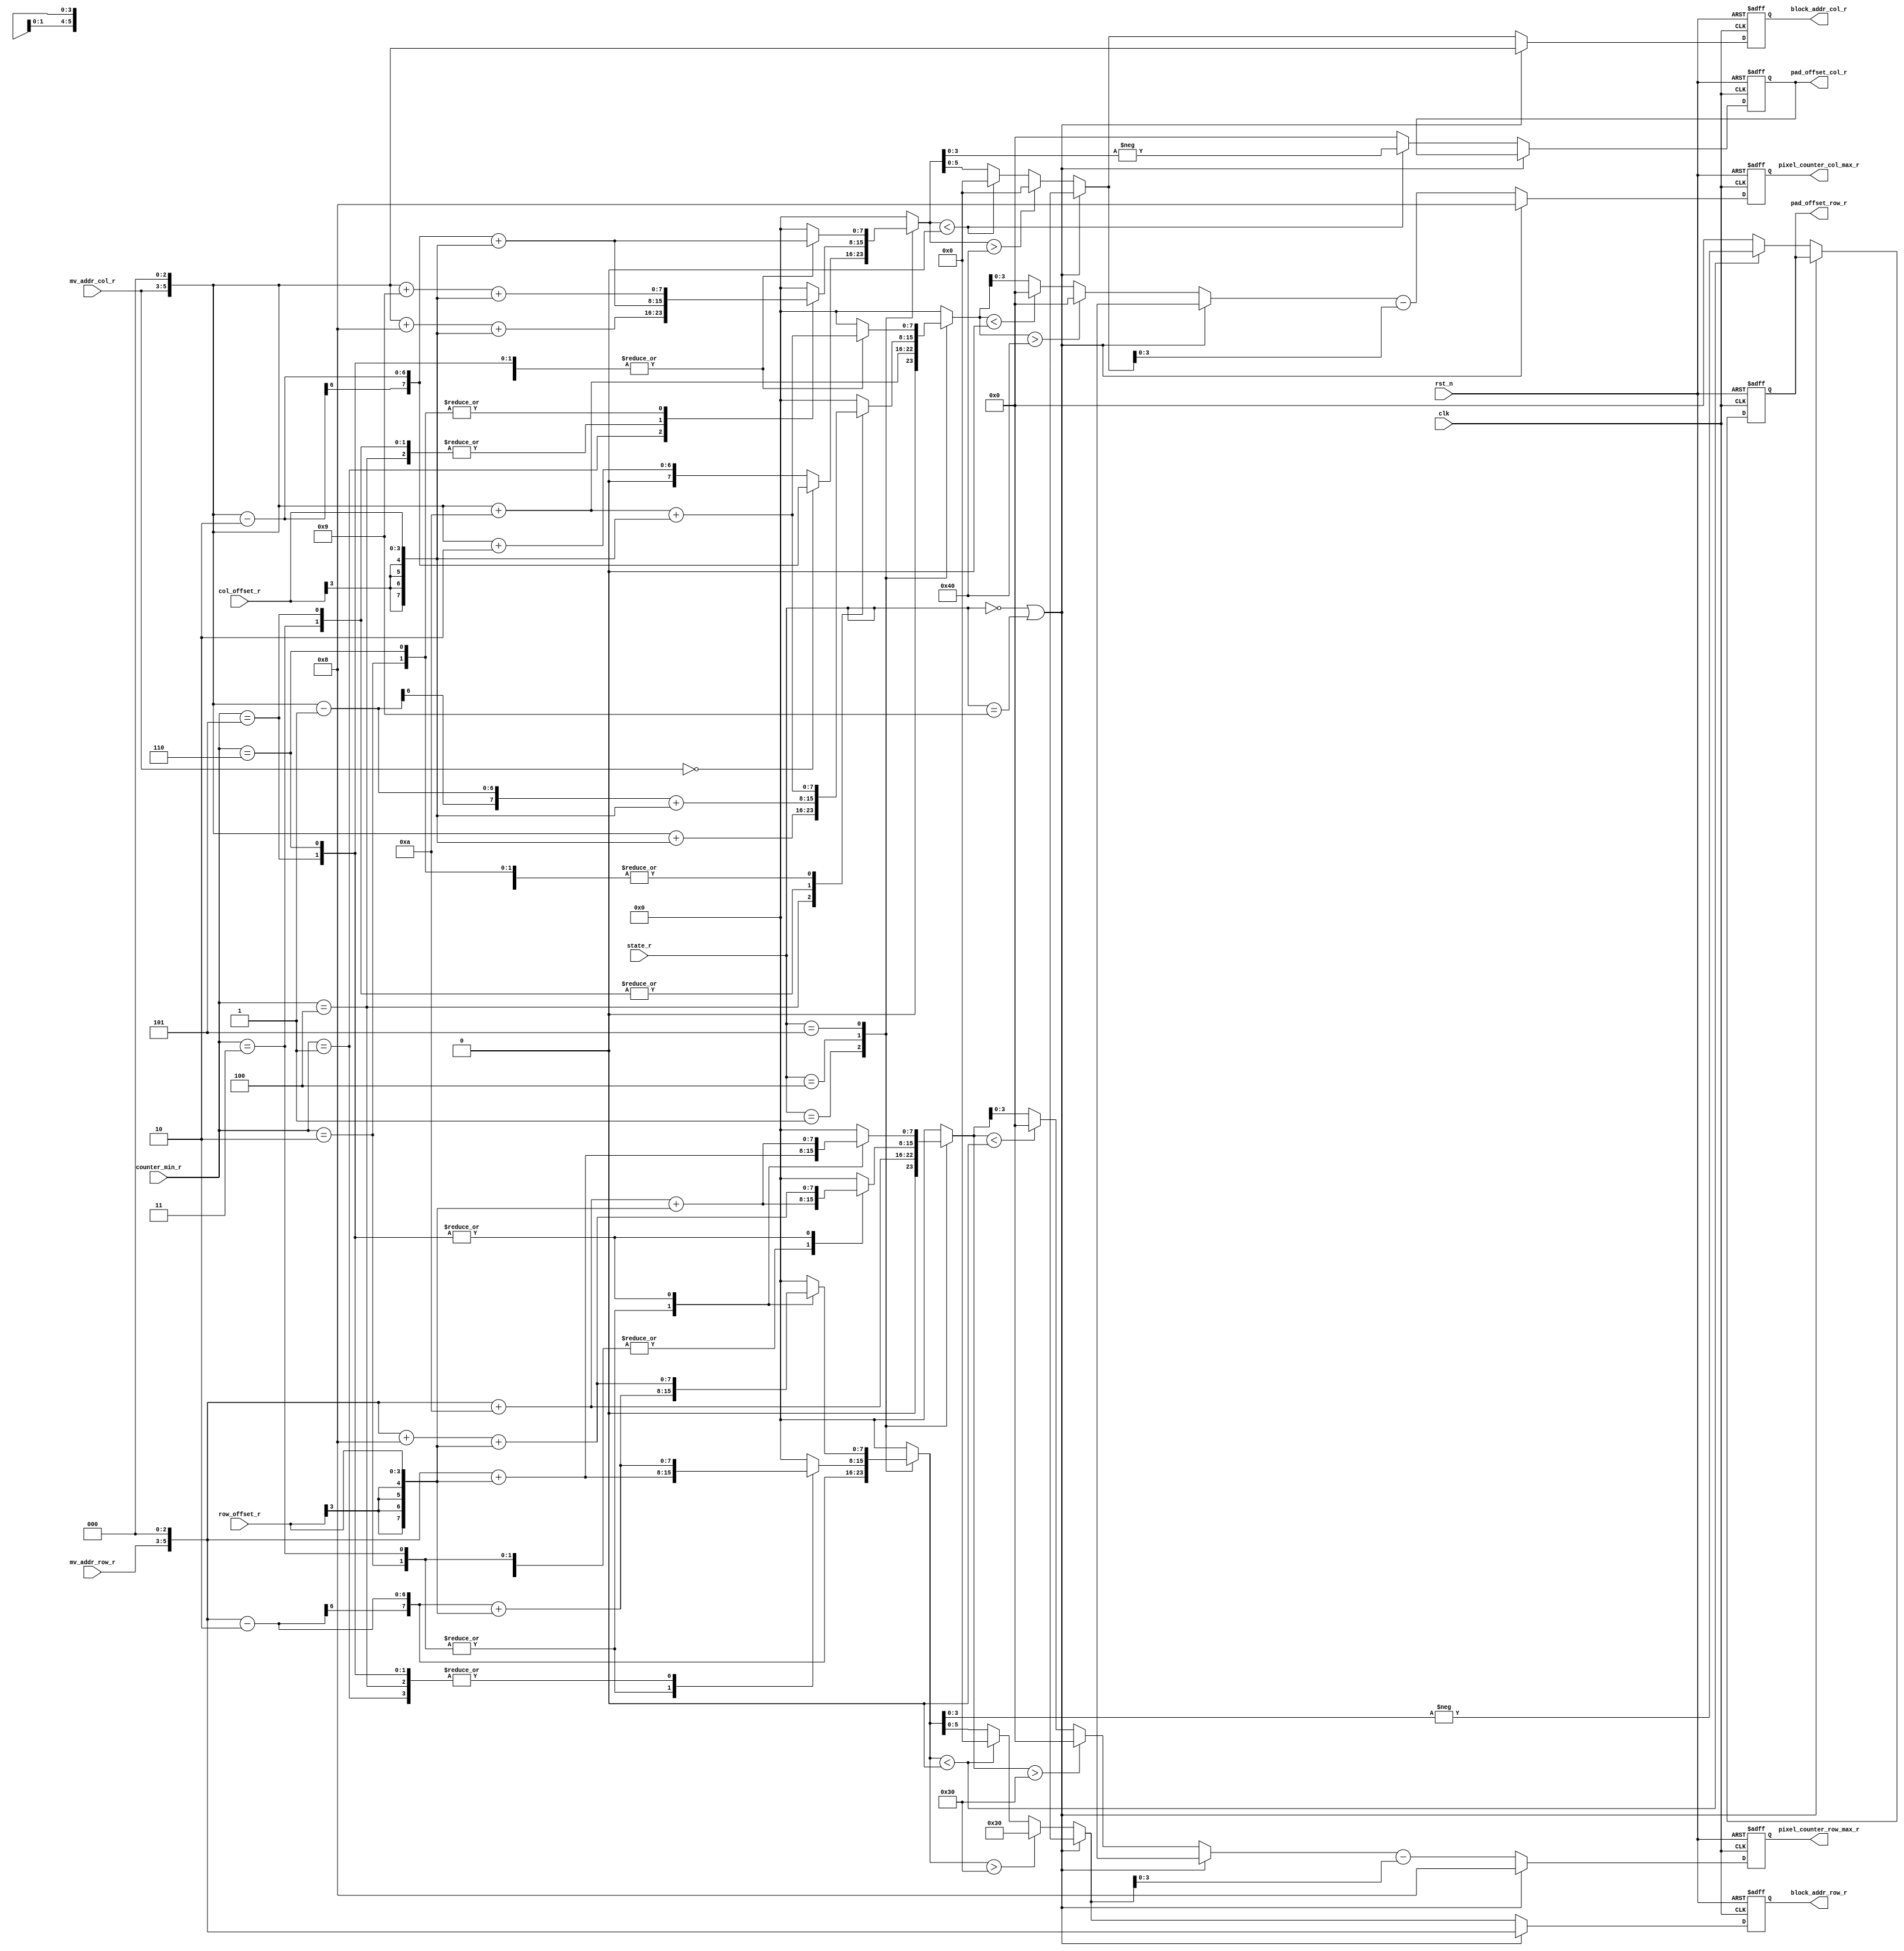
// pure combinational logic
// for caculating block address & block size & pad_offset
module coordinate(
    clk,
    rst_n,
    state_r,
    mv_addr_row_r,
    mv_addr_col_r,
    col_offset_r,
    row_offset_r,
    counter_min_r,
    block_addr_row_r,
    block_addr_col_r,
    pixel_counter_row_max_r,
    pixel_counter_col_max_r,
    pad_offset_row_r,
    pad_offset_col_r
);

input clk, rst_n;
input [3:0] state_r;
input [2:0] mv_addr_row_r, mv_addr_col_r;
input signed [3:0] col_offset_r, row_offset_r;                      // mv
input [2:0] counter_min_r;                                          // movind direction
reg [5:0] block_addr_row_w, block_addr_col_w;                // block address
output reg [5:0] block_addr_row_r, block_addr_col_r;                // block address
reg [3:0] pixel_counter_row_max_w, pixel_counter_col_max_w;  // block size
output reg [3:0] pixel_counter_row_max_r, pixel_counter_col_max_r;  // block size
reg [3:0] pad_offset_row_w, pad_offset_col_w;                // pad_offset
output reg [3:0] pad_offset_row_r, pad_offset_col_r;                // pad_offset
// output reg no_up, no_down, no_left, no_right;                       

reg signed [7:0] row_init_0, col_init_0, row_init_1, col_init_1;
reg signed [7:0] row_0, col_0, row_1, col_1;

wire [7:0] mv_addr_row_sign_extend_r, mv_addr_col_sign_extend_r;
wire [7:0] row_offset_sign_extend_r, col_offset_sign_extend_r;

assign mv_addr_row_sign_extend_r = {5'b0,mv_addr_row_r};
assign mv_addr_col_sign_extend_r = {5'b0,mv_addr_col_r};
assign row_offset_sign_extend_r = {{4{row_offset_r[3]}},row_offset_r};
assign col_offset_sign_extend_r = {{4{col_offset_r[3]}},col_offset_r};

localparam INIT_READ_CUR = 4'd0;
localparam INIT_READ_PREV = 4'd1;
localparam CAL_HEX = 4'd2;
localparam FIND_MIN_AND_UPDATE = 4'd3;
localparam READ_NEW_BLOCK1 = 4'd4;
localparam READ_NEW_BLOCK2 = 4'd5;
localparam CAL_SMALL_HEX = 4'd6;
localparam SMALL_HEX_FIND_MIN = 4'd7;
localparam OUTPUT = 4'd8;
localparam WRITE_DATA = 4'd9;
localparam UPDATE_BLOCK = 4'd10;

always@(*) begin
    // default
    block_addr_row_w = block_addr_row_r;
    block_addr_col_w = block_addr_col_r;
    pixel_counter_row_max_w = pixel_counter_row_max_r;
    pixel_counter_col_max_w = pixel_counter_col_max_r;
    row_0 = 0;
    row_1 = 0;
    col_0 = 0;
    col_1 = 0;
    row_init_0 = 0;
    col_init_0 = 0;
    row_init_1 = 0;
    col_init_1 = 0;
    pad_offset_row_w = pad_offset_row_r;
    pad_offset_col_w = pad_offset_col_r; 
    // calculate initial coordinate
    case(state_r)
        INIT_READ_PREV: // read search block
        begin
            if(mv_addr_col_r == 0) begin
                row_init_0 = $signed((mv_addr_row_sign_extend_r << 3) - 8'sd2);
                col_init_0 = $signed((mv_addr_col_sign_extend_r << 3) - 8'sd2);
                row_init_1 = $signed((mv_addr_row_sign_extend_r << 3) + 8'sd10);
                col_init_1 = $signed((mv_addr_col_sign_extend_r << 3) + 8'sd10);
            end 
            else begin
                row_init_0 = $signed((mv_addr_row_sign_extend_r << 3) - 8'sd2);
                col_init_0 = $signed((mv_addr_col_sign_extend_r << 3) + 8'sd2);
                row_init_1 = $signed((mv_addr_row_sign_extend_r << 3) + 8'sd10);
                col_init_1 = $signed((mv_addr_col_sign_extend_r << 3) + 8'sd10);
            end
        end
        READ_NEW_BLOCK1: // read new search block (component 1 of L size block)
        begin
            // block size
            // 1, 4: 12x2
            // other : block1 : 10x1 ; block2 : 2x12
            case(counter_min_r)
                1:  
                begin
                    row_init_0 = $signed($signed((mv_addr_row_sign_extend_r << 3) - 8'sd2) + row_offset_sign_extend_r);
                    col_init_0 = $signed($signed((mv_addr_col_sign_extend_r << 3) + 8'sd8) + col_offset_sign_extend_r);
                    row_init_1 = $signed($signed((mv_addr_row_sign_extend_r << 3) + 8'sd10) + row_offset_sign_extend_r);
                    col_init_1 = $signed($signed((mv_addr_col_sign_extend_r << 3) + 8'sd10) + col_offset_sign_extend_r);
                end
                2:
                begin
                    row_init_0 = $signed($signed((mv_addr_row_sign_extend_r << 3)) + row_offset_sign_extend_r);
                    col_init_0 = $signed($signed((mv_addr_col_sign_extend_r << 3) + 8'sd9) + col_offset_sign_extend_r);
                    row_init_1 = $signed($signed((mv_addr_row_sign_extend_r << 3) + 8'sd10) + row_offset_sign_extend_r);
                    col_init_1 = $signed($signed((mv_addr_col_sign_extend_r << 3) + 8'sd10) + col_offset_sign_extend_r);
                end
                3:
                begin
                    row_init_0 = $signed($signed((mv_addr_row_sign_extend_r << 3)) + row_offset_sign_extend_r);
                    col_init_0 = $signed($signed((mv_addr_col_sign_extend_r << 3) - 8'sd2) + col_offset_sign_extend_r);
                    row_init_1 = $signed($signed((mv_addr_row_sign_extend_r << 3) + 8'sd10) + row_offset_sign_extend_r);
                    col_init_1 = $signed($signed((mv_addr_col_sign_extend_r << 3) - 8'sd1) + col_offset_sign_extend_r);
                end
                4:
                begin
                    row_init_0 = $signed($signed((mv_addr_row_sign_extend_r << 3) - 8'sd2) + row_offset_sign_extend_r);
                    col_init_0 = $signed($signed((mv_addr_col_sign_extend_r << 3) - 8'sd2) + col_offset_sign_extend_r);
                    row_init_1 = $signed($signed((mv_addr_row_sign_extend_r << 3) + 8'sd10) + row_offset_sign_extend_r);
                    col_init_1 = $signed($signed((mv_addr_col_sign_extend_r << 3)) + col_offset_sign_extend_r);
                end
                5:
                begin
                    row_init_0 = $signed($signed((mv_addr_row_sign_extend_r << 3) - 8'sd2) + row_offset_sign_extend_r);
                    col_init_0 = $signed($signed((mv_addr_col_sign_extend_r << 3) - 8'sd2) + col_offset_sign_extend_r);
                    row_init_1 = $signed($signed((mv_addr_row_sign_extend_r << 3) + 8'sd8) + row_offset_sign_extend_r);
                    col_init_1 = $signed($signed((mv_addr_col_sign_extend_r << 3) - 8'sd1) + col_offset_sign_extend_r);
                end
                6:
                begin
                    row_init_0 = $signed($signed((mv_addr_row_sign_extend_r << 3) - 8'sd2) + row_offset_sign_extend_r);
                    col_init_0 = $signed($signed((mv_addr_col_sign_extend_r << 3) + 8'sd9) + col_offset_sign_extend_r);
                    row_init_1 = $signed($signed((mv_addr_row_sign_extend_r << 3) + 8'sd8) + row_offset_sign_extend_r);
                    col_init_1 = $signed($signed((mv_addr_col_sign_extend_r << 3) + 8'sd10) + col_offset_sign_extend_r);
                end
            endcase
        end
        READ_NEW_BLOCK2: // read new search block (component 2 of L size block)
        begin
            case(counter_min_r)
                2:
                begin
                    row_init_0 = $signed($signed((mv_addr_row_sign_extend_r << 3) - 8'sd2) + row_offset_sign_extend_r);
                    col_init_0 = $signed($signed((mv_addr_col_sign_extend_r << 3) - 8'sd2) + col_offset_sign_extend_r);
                    row_init_1 = $signed($signed((mv_addr_row_sign_extend_r << 3)) + row_offset_sign_extend_r);
                    col_init_1 = $signed($signed((mv_addr_col_sign_extend_r << 3) + 8'sd10) + col_offset_sign_extend_r);
                end
                3:
                begin
                    row_init_0 = $signed($signed((mv_addr_row_sign_extend_r << 3) - 8'sd2) + row_offset_sign_extend_r);
                    col_init_0 = $signed($signed((mv_addr_col_sign_extend_r << 3) - 8'sd2) + col_offset_sign_extend_r);
                    row_init_1 = $signed($signed((mv_addr_row_sign_extend_r << 3))  + row_offset_sign_extend_r);
                    col_init_1 = $signed($signed((mv_addr_col_sign_extend_r << 3) + 8'sd10) + col_offset_sign_extend_r);
                end
                5:
                begin
                    row_init_0 = $signed($signed((mv_addr_row_sign_extend_r << 3) + 8'sd8) + row_offset_sign_extend_r);
                    col_init_0 = $signed($signed((mv_addr_col_sign_extend_r << 3) - 8'sd2) + col_offset_sign_extend_r);
                    row_init_1 = $signed($signed((mv_addr_row_sign_extend_r << 3) + 8'sd10) + row_offset_sign_extend_r);
                    col_init_1 = $signed($signed((mv_addr_col_sign_extend_r << 3) + 8'sd10) + col_offset_sign_extend_r);
                end
                6:
                begin
                    row_init_0 = $signed($signed((mv_addr_row_sign_extend_r << 3) + 8'sd8) + row_offset_sign_extend_r);
                    col_init_0 = $signed($signed((mv_addr_col_sign_extend_r << 3) - 8'sd2) + col_offset_sign_extend_r);
                    row_init_1 = $signed($signed((mv_addr_row_sign_extend_r << 3) + 8'sd10) + row_offset_sign_extend_r);
                    col_init_1 = $signed($signed((mv_addr_col_sign_extend_r << 3) + 8'sd10) + col_offset_sign_extend_r);
                end
            endcase
        end
    endcase
    // caculate output
    if(state_r == INIT_READ_CUR || state_r == WRITE_DATA) begin
        // block size is 8x8 (fixed)
        pixel_counter_row_max_w = 8;
        pixel_counter_col_max_w = 8;
        // block address
        block_addr_row_w = (mv_addr_row_sign_extend_r << 3);
        block_addr_col_w = (mv_addr_col_sign_extend_r << 3);
    end
    else begin
        // default 
        row_0 = row_init_0;
        col_0 = col_init_0;
        row_1 = row_init_1;
        col_1 = col_init_1;
        pad_offset_row_w = 0;
        pad_offset_col_w = 0;
        // fixed p0 & p1 into frame range, also calculate p0 offset & block size
        if($signed(row_init_0) < 8'sd0) begin
            row_0 = 8'sd0;
            pad_offset_row_w = $signed(-row_init_0);
        end
        if($signed(col_init_0) < 8'sd0) begin
            col_0 = 8'sd0;
            pad_offset_col_w = $signed(-col_init_0);
        end
        if($signed(row_init_1) < 8'sd0) begin
            row_1 = 8'sd0;
        end
        if($signed(col_init_1) < 8'sd0) begin
            col_1 = 8'sd0;
        end
        if($signed(row_init_0) > 8'sd48) begin
            row_0 = 8'sd48;
        end
        if($signed(col_init_0) > 8'sd64) begin
            col_0 = 8'sd64;
        end
        if($signed(row_init_1) > 8'sd48) begin
            row_1 = 8'sd48;
        end
        if($signed(col_init_1) > 8'sd64) begin
            col_1 = 8'sd64;
        end
        pixel_counter_row_max_w = row_1 - row_0;
        pixel_counter_col_max_w = col_1 - col_0;
        block_addr_row_w = row_0;
        block_addr_col_w = col_0;
    end
end

always@(posedge clk or negedge rst_n) begin
    if(!rst_n) begin
        block_addr_row_r <= 0;
        block_addr_col_r <= 0;
        pixel_counter_row_max_r <= 0;
        pixel_counter_col_max_r <= 0;
        pad_offset_row_r <= 0;
        pad_offset_col_r <= 0; 
    end
    else begin
        block_addr_row_r <= block_addr_row_w;
        block_addr_col_r <= block_addr_col_w;
        pixel_counter_row_max_r <= pixel_counter_row_max_w;
        pixel_counter_col_max_r <= pixel_counter_col_max_w;
        pad_offset_row_r <= pad_offset_row_w;
        pad_offset_col_r <= pad_offset_col_w; 
    end
end

endmodule